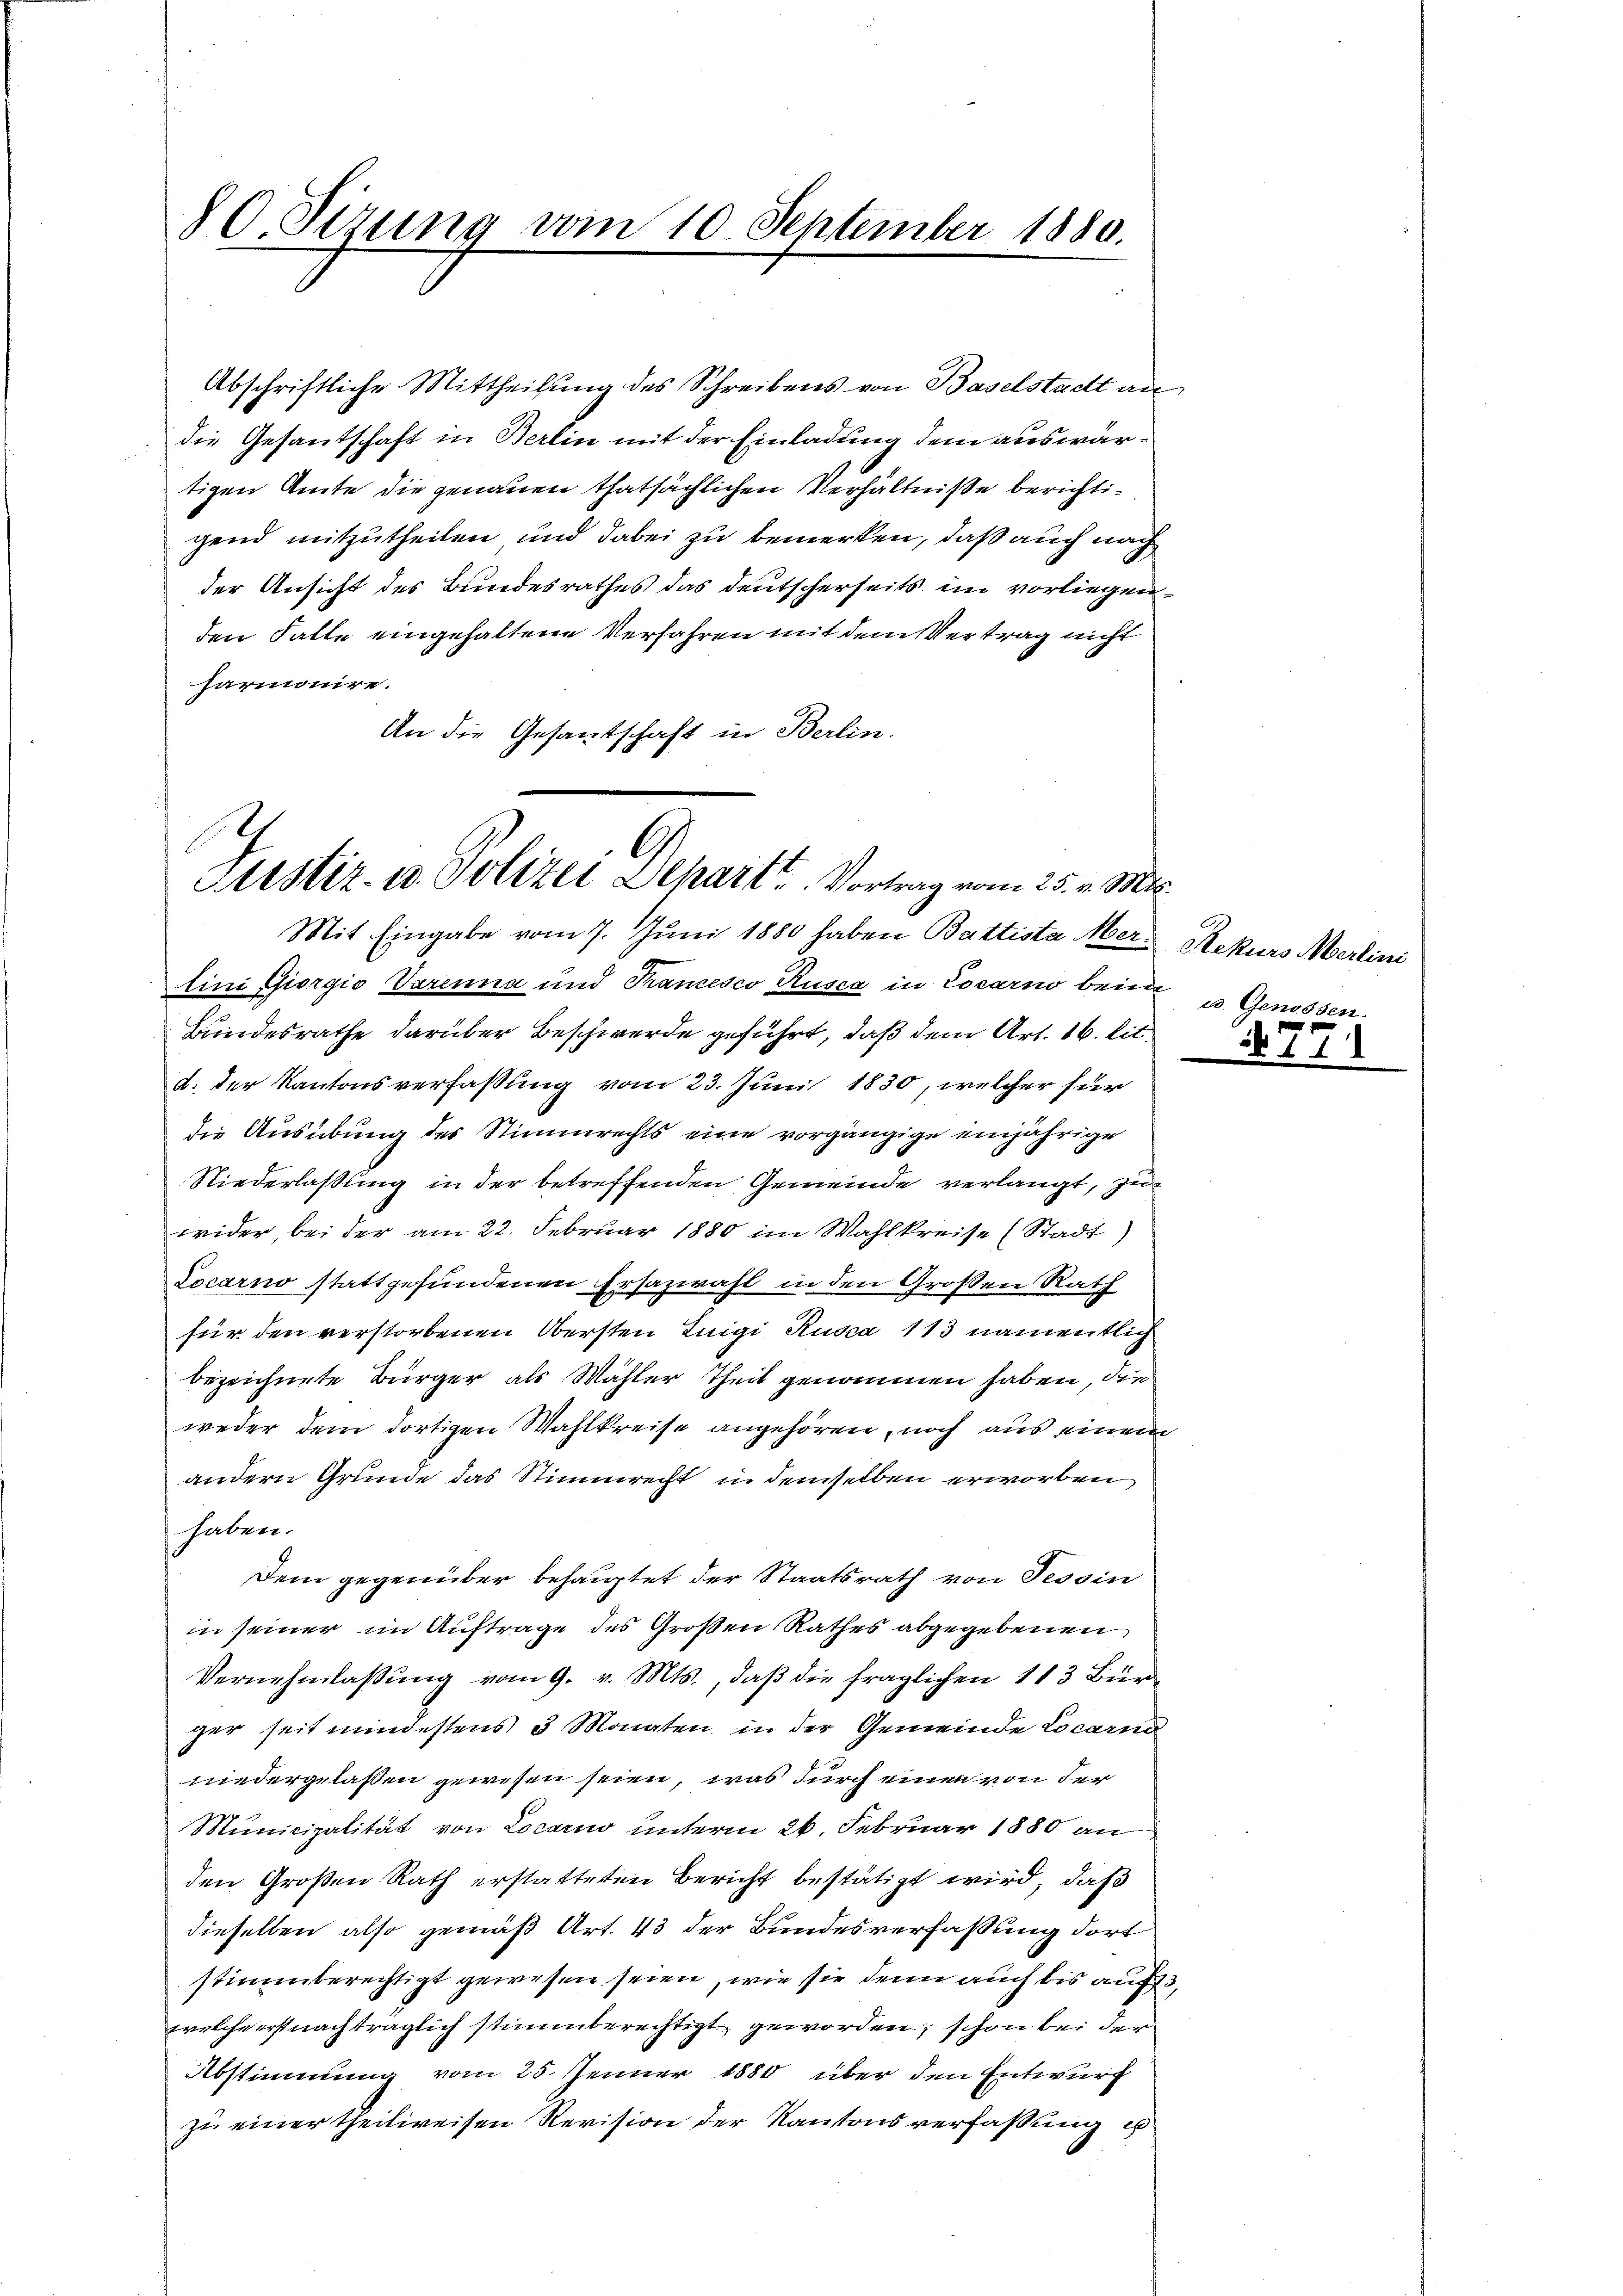
80 Sizung vom 10. September 1880.

Abschriftliche Mittheilung des Schreibens von Baselstadt an
die Gesandschaft in Berlin mit der Einladung dem auswärtigen Amte die genauen thatsächlichen Verhältniße berichtigend mitzutheilen und dabei zu bemerken, daß auch nach
der Ansicht des Bundesrathes das Deutscherseits im vorliegen.
den Falte eingehaltene Verfahren mit dem Vertrag nicht
harmonire.
An die Gesantschaft in Berlin.

Justiz- u Polizei Departt. Vortrag vom 25. v. Mt

Mit Eingabe vom 7. Juni 1880 haben Battista Mer-Rekurs Merlini
lini Giorgio Varenna und Francesco Rusca in Locarno bei u Genossen.
Bundesrathe darüber Beschwerde geführt, daß dem Art. 16. lit.
d. der Kantonsverfaßung vom 23. Juni 1830, welcher für
die Ausübung des Stimmrechts eine vorgängige einjährige
Niederlassung in der betreffenden Gemeinde verlangt, zu
wider, bei der am 22. Februar 1880 im Wahlkreise (Stadt)
Locarno stattgefundenen Ersazwahl in den Großen Rath
für den verstorbenen Obersten Luigi Rusca 113 namentlich
bezeichnete Bürger als Wahler Theil genommen haben, die
weder dem dortigen Wahlkreise angehören, noch aus einem
andern Grunde das Stimmrecht in demselben erworben
haben.
Dem gegenüber behauptet der Staatsrath von Tessin
in seiner im Auftrage des Großen Rathes abgegebenen
Vernehmlassung vom 9. v. Mts., daß die fraglichen 113 Bürger seit mindestens 3 Monaten in der Gemeinde Locarno
niedergelaßen gewesen seien, was durch einen von der
Municipalität von Locarno unterm 26. Februar 1880 an
den Großen Rath erstatteten Bericht bestätigt wird, daß
dieselben also gemäß Art. 43 der Bundesverfassung dort
stimmberechtigt gewesen seien, wie sie denn auch bis auf 3
welche erst nachträglich stimmberechtigt geworden, schon bei der
Abstimmung vom 25. Jenner 1880 über den Entwurf
zu einer theilweisen Revision der Kantonsverfassung u